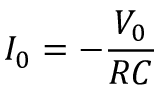
I _ { 0 } = - \frac { V _ { 0 } } { R C }